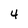
Character: 4